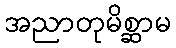
အညာတုမိစ္ဆာမ